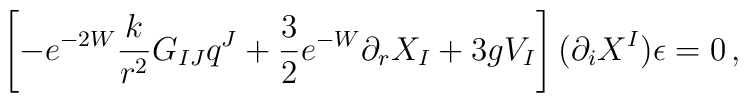
\left[- e^{-2W} \frac{k}{r^2} G_{IJ} q^J + \frac 32 e^{-W} \partial_r X_I +3gV_I\right](\partial_i X^I)\epsilon = 0\,,